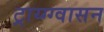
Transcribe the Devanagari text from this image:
ट्राय्ग्ग्वासन